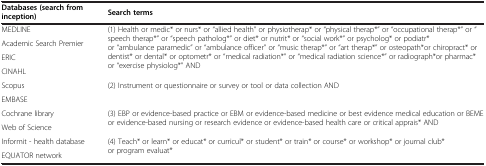
<table><thead><tr><td><b>Databases (search from inception)</b></td><td><b>Search terms</b></td></tr></thead><tbody><tr><td>MEDLINE</td><td rowspan="4">(1) Health or medic* or nurs* or “allied health” or physiotherap* or “physical therap*” or “occupational therap*” or “speech therap*” or “speech patholog*” or diet* or nutrit* or “social work*” or psycholog* or podiatr* or “ambulance paramedic” or “ambulance officer” or “music therap*” or “art therap*” or osteopath*or chiropract* or dentist* or dental* or optometr* or “medical radiation*” or “medical radiation science*” or radiograph*or pharmac* or “exercise physiolog*” AND</td></tr><tr><td>Academic Search Premier</td></tr><tr><td>ERIC</td></tr><tr><td>CINAHL</td></tr><tr><td>Scopus</td><td>(2) Instrument or questionnaire or survey or tool or data collection AND</td></tr><tr><td>EMBASE</td><td> </td></tr><tr><td>Cochrane library</td><td rowspan="2">(3) EBP or evidence-based practice or EBM or evidence-based medicine or best evidence medical education or BEME or evidence-based nursing or research evidence or evidence-based health care or critical apprais* AND</td></tr><tr><td>Web of Science</td></tr><tr><td>Informit - health database</td><td rowspan="2">(4) Teach* or learn* or educat* or curricul* or student* or train* or course* or workshop* or journal club* or program evaluat*</td></tr><tr><td>EQUATOR network</td></tr></tbody></table>